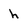
Character: h